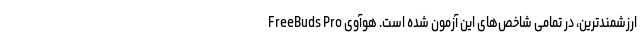
ارزشمندترین، در تمامی شاخص‌های این آزمون شده است. هوآوی FreeBuds Pro